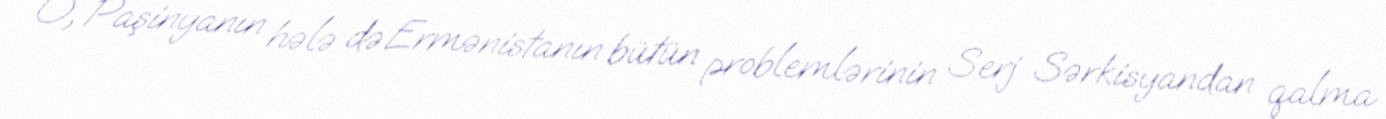
O, Paşinyanın hələ də Ermənistanın bütün problemlərinin Serj Sərkisyandan qalma